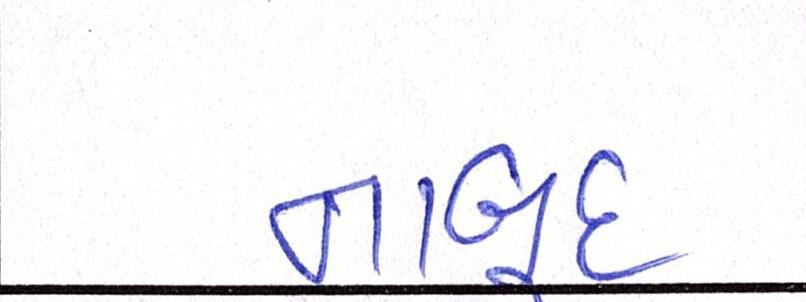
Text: નાબૂદ